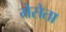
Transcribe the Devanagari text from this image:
मेसेता